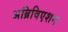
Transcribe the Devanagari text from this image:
अब्रिविएशन